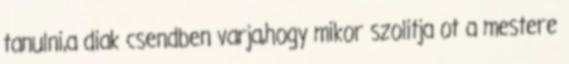
tanulni,a diak csendben varja,hogy mikor szolitja ot a mestere